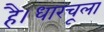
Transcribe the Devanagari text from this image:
है।धारचूला